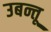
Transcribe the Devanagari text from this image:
उबन्तू